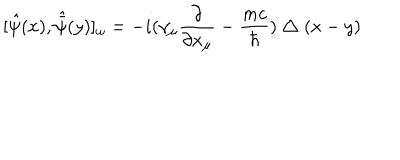
[ \hat { \psi } ( x ) , \hat { \bar { \psi } } ( y ) ] _ { \omega } = - i ( \gamma _ { \mu } \frac { \partial } { \partial x _ { \mu } } - \frac { m c } { \hbar } ) \bigtriangleup ( x - y )